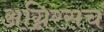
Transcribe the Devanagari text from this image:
अग्निरसच